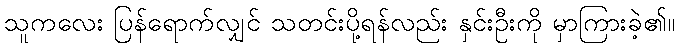
သူကလေး ပြန်ရောက်လျှင် သတင်းပို့ရန်လည်း နှင်းဦးကို မှာကြားခဲ့၏။